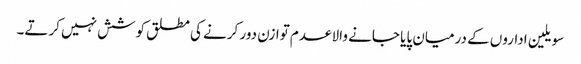
سویلین اداروں کے درمیان پایا جانے والا عدم توازن دور کرنے کی مطلق کوشش نہیں کرتے۔